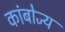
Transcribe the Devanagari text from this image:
कांबोज्य